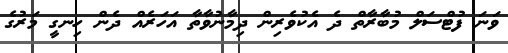
ވަނަ ފުޓްސަލް މުބާރާތް ދެ އެކުވެރިން ދިމާނުވާތާ އަހަރެއް ދެން ހިނގީ މަރުގެ